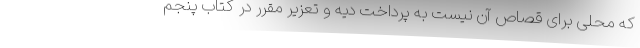
که محلی برای قصاص آن نیست به پرداخت دیه و تعزیر مقرر در کتاب پنجم